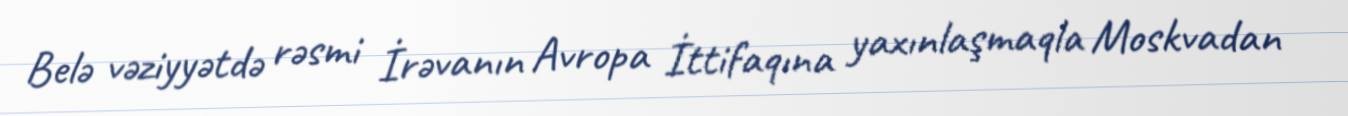
Belə vəziyyətdə rəsmi İrəvanın Avropa İttifaqına yaxınlaşmaqla Moskvadan